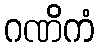
ဂဏိကံ